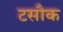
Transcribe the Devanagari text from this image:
टसौक